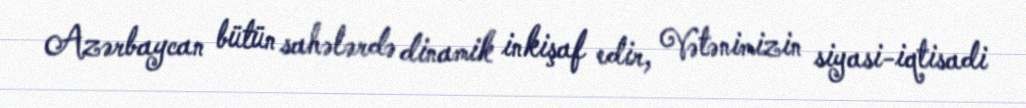
Azərbaycan bütün sahələrdə dinamik inkişaf edir, Vətənimizin siyasi-iqtisadi